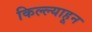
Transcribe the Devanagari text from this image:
किल्ल्याहून